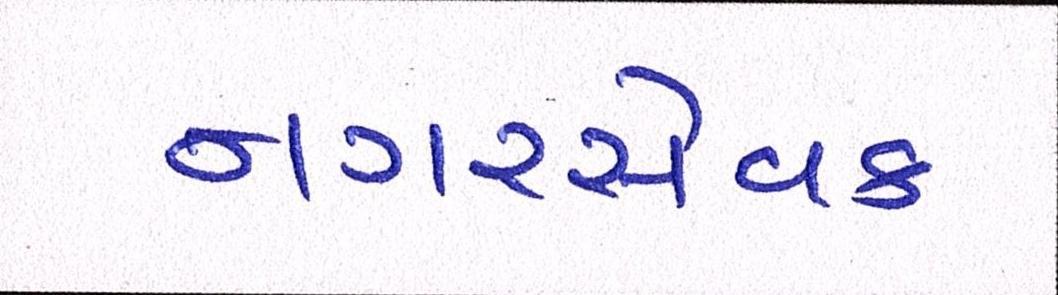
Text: નગરસેવક